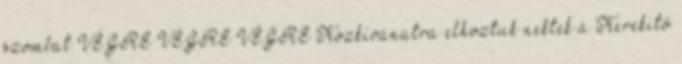
szombat VÉGRE VÉGRE VÉGRE Közkívánatra elhoztuk nektek a Kerekítő